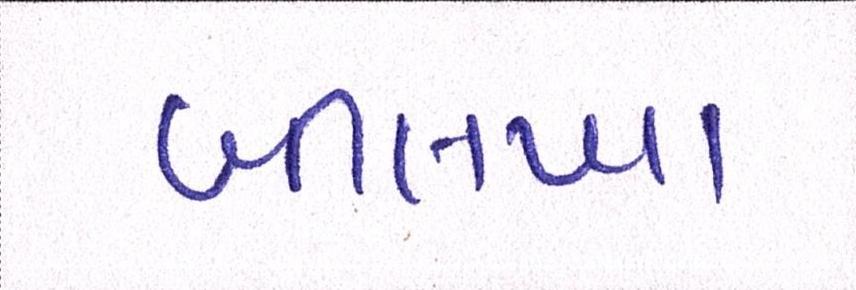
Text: બીલખા